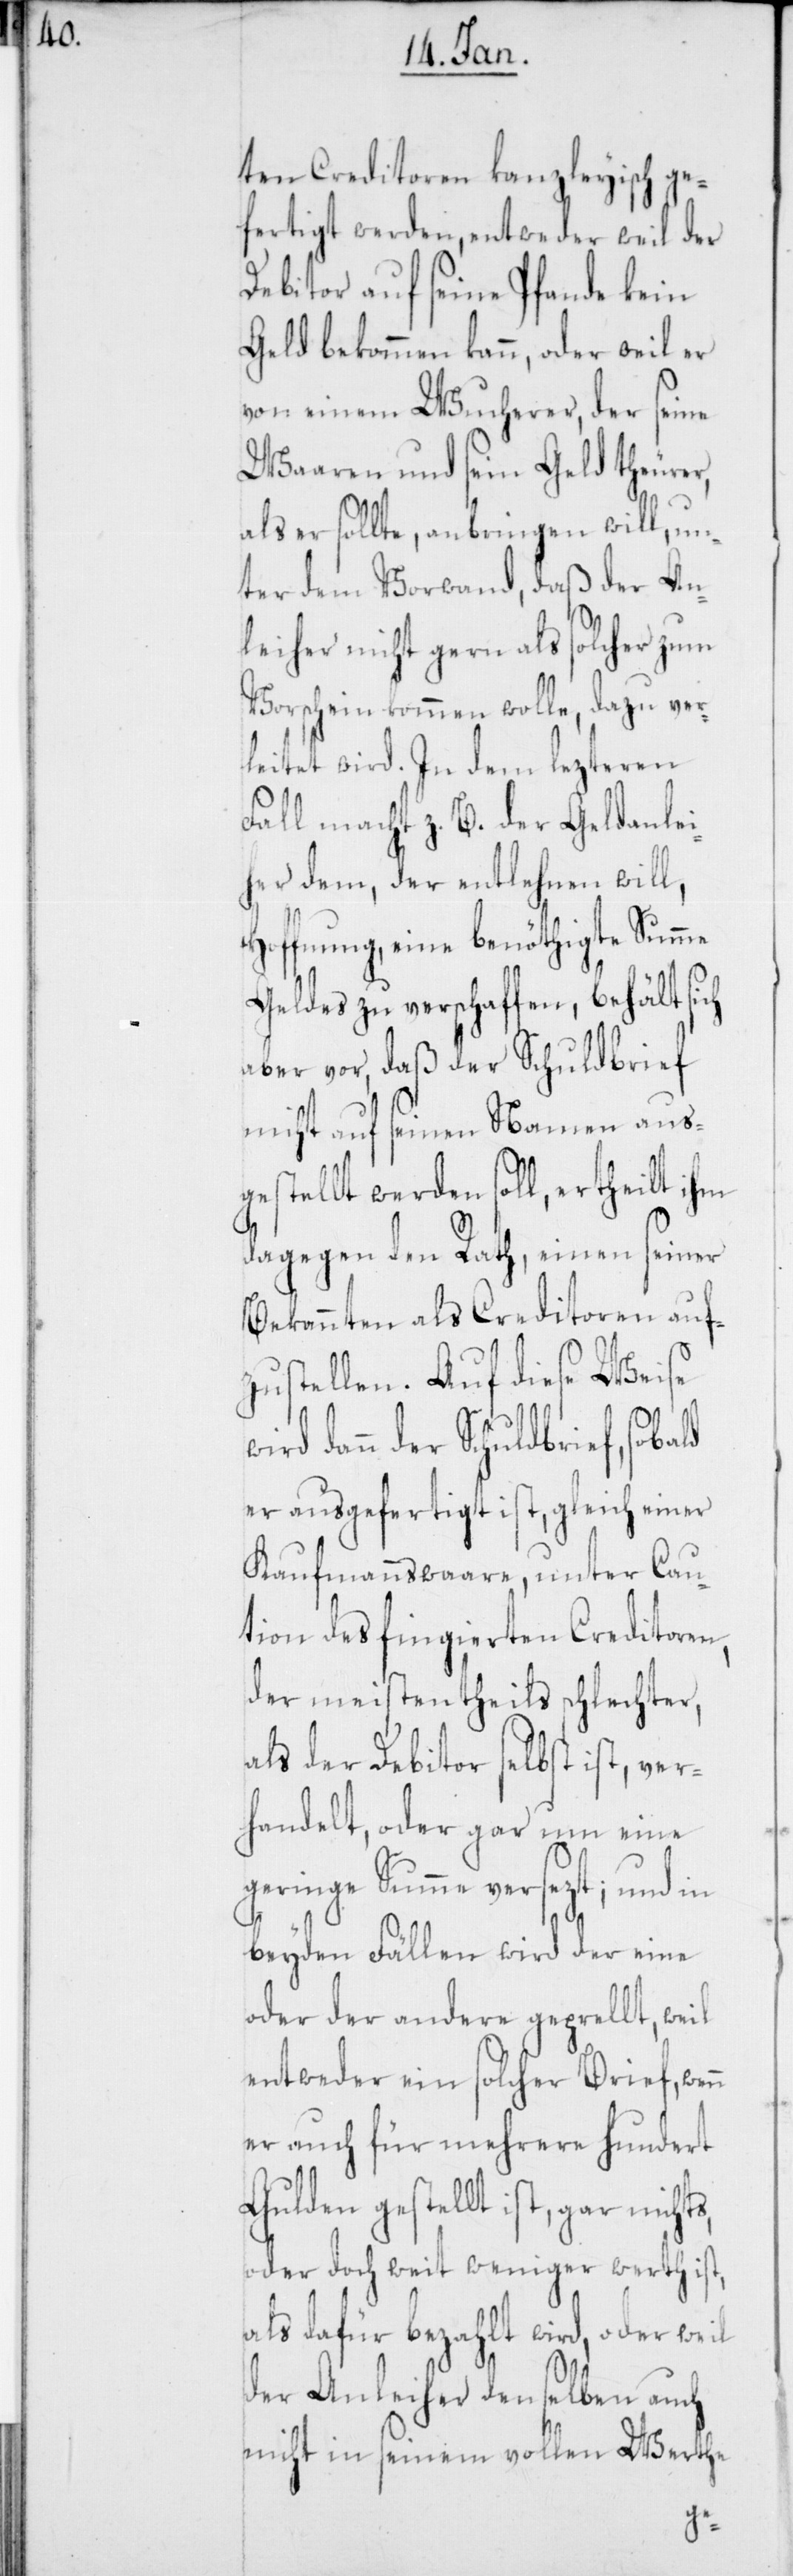
ten Creditoren kanzleyisch ge¬
fertigt werden, entweder weil der
Debitor auf seine Pfande kein
Geld bekommen kann, oder weil er
von einem Wucherer, der seine
Waaren und sein Geld theurer,
als er sollte, anbringen will, un¬
ter dem Vorwand, daß der An¬
leiher nicht gern als solcher zum
Vorschein kommen wolle, dazu ver¬
leitet wird. In dem lezteren
Fall macht z. B. der Geldanlei¬
her dem, der entlehnen will,
Hoffnung, eine benöthigte Summe
Geldes zu verschaffen, behält sich
aber vor, daß der Schuldbrief
nicht auf seinen Namen aus¬
gestellt werden soll, ertheilt ihm
dagegen den Rath, einen seiner
Bekannten als Creditoren aufz¬
ustellen. Auf diese Weise
der Schuldbrief, sobald
er ausgefertigt ist, gleich einer
Kaufmannswaare, unter Cau¬
tion des fingierten Creditoren,
der meistentheils schlechter,
als der Debitor selbst ist, ver¬
handelt, oder gar um eine
geringe Summe versezt; und in
beyden Fällen wird der eine
oder der andere geprellt, weil
entweder ein solcher Brief, wenn
er auch für mehrere hundert
Gulden gestellt ist, gar nich¬
oder doch weit weniger werth ist,
als dafür bezahlt wird, oder weil
der Anleiher denselben auch
nicht in seinem vollen Werthe
ts,